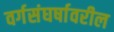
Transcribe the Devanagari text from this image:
वर्गसंघर्षावरील